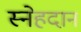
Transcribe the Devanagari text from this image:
स्नेहदान